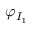
\varphi _ { I _ { 1 } }